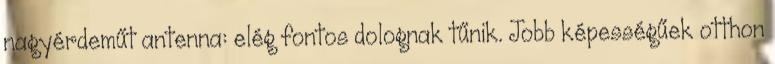
nagyérdeműt antenna: elég fontos dolognak tűnik. Jobb képességűek otthon